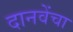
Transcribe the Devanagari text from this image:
दानवेंचा